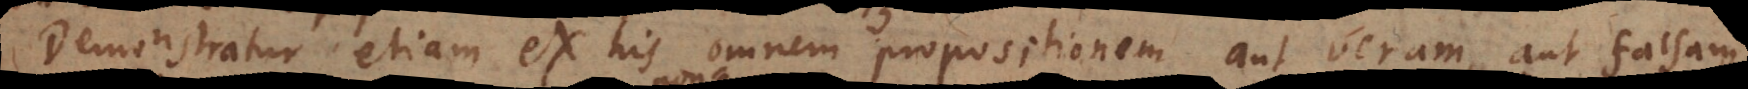
Demonstratur etiam ex his omnem propositionem aut veram aut falsam